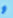
و